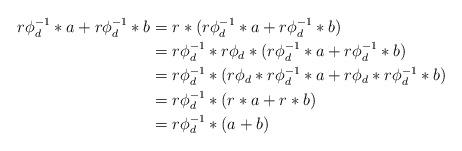
LaTeX: \begin{align*} r \phi_d^{-1} * a + r \phi_d^{-1} * b &= r * (r \phi_d^{-1} * a + r \phi_d^{-1} * b) \\ &= r\phi_d^{-1} * r\phi_d * (r \phi_d^{-1} * a + r \phi_d^{-1} * b) \\ &= r\phi_d^{-1} * (r\phi_d *r \phi_d^{-1} * a + r\phi_d *r \phi_d^{-1} * b) \\ &= r\phi_d^{-1} * (r * a + r * b) \\ &= r\phi_d^{-1} * (a + b) \end{align*}